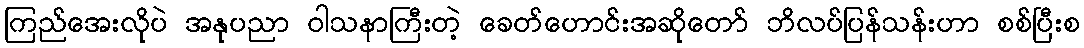
ကြည်အေးလိုပဲ အနုပညာ ဝါသနာကြီးတဲ့ ခေတ်ဟောင်းအဆိုတော် ဘိလပ်ပြန်သန်းဟာ စစ်ပြီးစ